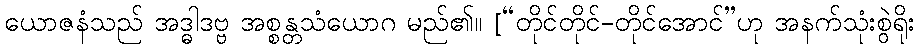
ယောဇနံသည် အဒ္ဓါဒဗ္ဗ အစ္စန္တသံယောဂ မည်၏။ [“တိုင်တိုင်-တိုင်အောင်”ဟု အနက်သုံးစွဲရိုး